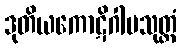
ဒုတိယကောဋိဂါမသုတ္တံ